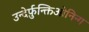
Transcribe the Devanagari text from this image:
उन्देर्फ़ुन्क्तिओनिन्ग